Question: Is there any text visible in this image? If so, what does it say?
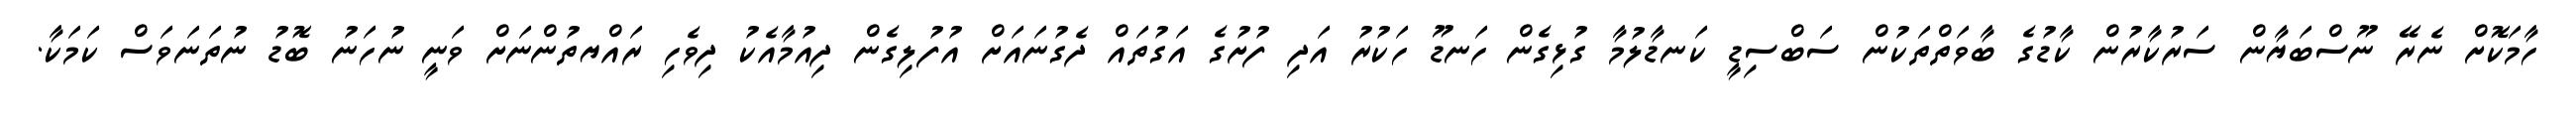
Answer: ހާމަކޮށް ނެރޭ ނޫސްބަޔާން ސަރުކާރުން ކާޑުގެ ބާވަތްތަކުން ސަބްސިޑީ ކަނޑާލުމާ ގުޅިގެން ހަނޑޫ ހަކުރު އަދި ފުށުގެ އަގުތައް ދެގުނައަށް އުފުލިގެން ދިއުމާއެކު ދިވެހި ރައްޔތުންނަށް ވަނީ ނުހަނު ބޮޑު ނުތަނަވަސް ކަމަކާ.